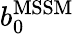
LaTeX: b_{0}^{\mathrm{MSSM}}